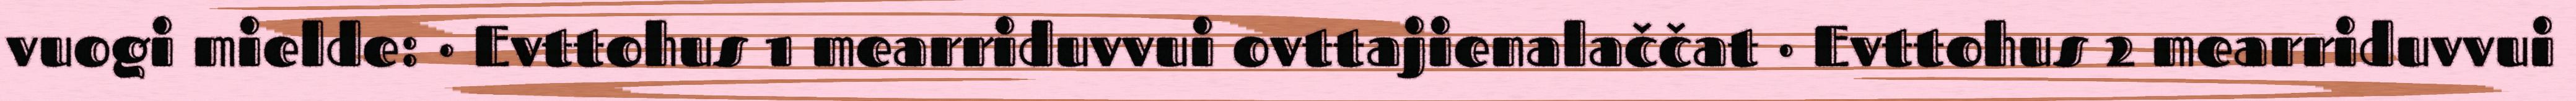
vuogi mielde: · Evttohus 1 mearriduvvui ovttajienalaččat · Evttohus 2 mearriduvvui